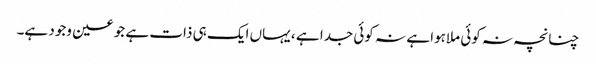
چنانچہ نہ کوئی ملاہوا ہے نہ کوئی جدا ہے ، یہاں ایک ہی ذات ہے جو عین وجود ہے۔